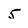
Character: 5